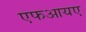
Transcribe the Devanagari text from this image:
एफआयए